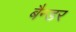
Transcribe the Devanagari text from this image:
बैन्डर